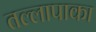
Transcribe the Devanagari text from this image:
तल्लापाका